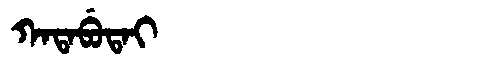
Manchu: ᡴᠠᡨᠠᠪᡠᡨᠠᡳ
Romanization: KATABUTAI